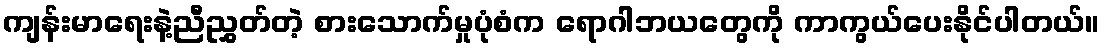
ကျန်းမာရေးနဲ့ညီညွှတ်တဲ့ စားသောက်မှုပုံစံက ရောဂါဘယတွေကို ကာကွယ်ပေးနိုင်ပါတယ်။